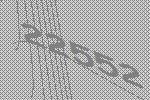
22552